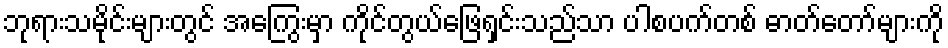
ဘုရားသမိုင်းများတွင် အကြွေးမှာ ကိုင်တွယ်ဖြေရှင်းသည်သာ ပါစပက်တစ် ဓာတ်တော်များကို